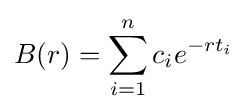
B(r)=\sum _{i=1}^{n}c_{i}e^{-rt_{i}}